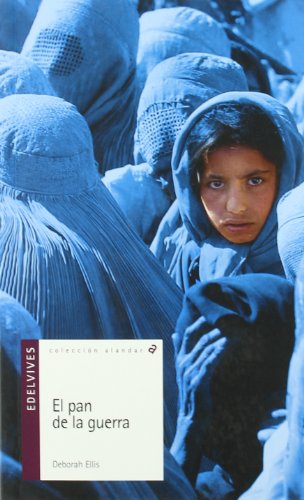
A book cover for El pan de la guerra/ The Breadwinner (Alandar) (Spanish Edition); Deborah Ellis; Teen & Young Adult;